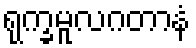
ရုက္ခမူလဂတာနံ